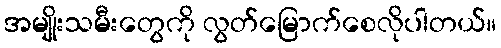
အမျိုးသမီးတွေကို လွတ်မြောက်စေလိုပါတယ်။